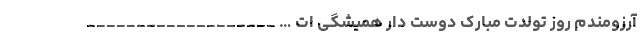
آرزومندم روز تولدت مبارک دوست دار همیشگی ات … ___________________